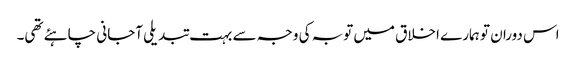
اس دوران تو ہمارے اخلاق میں توبہ کی وجہ سے بہت تبدیلی آجانی چاہئے تھی۔